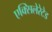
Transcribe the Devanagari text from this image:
एक्सिलेरेटेड